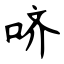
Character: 哜